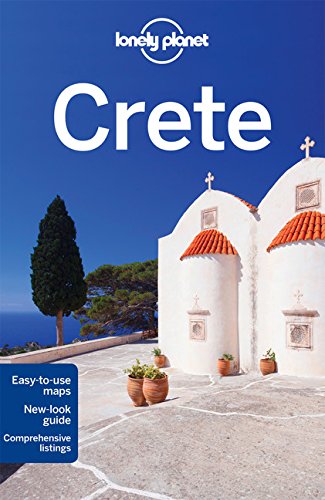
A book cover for Lonely Planet Crete (Travel Guide); Lonely Planet; Travel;